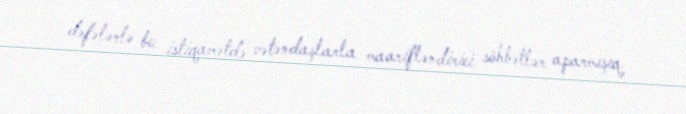
dəfələrlə bu istiqamətdə vətəndaşlarla maarifləndirici söhbətlər aparmışıq.